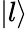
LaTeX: \left|l\right\rangle